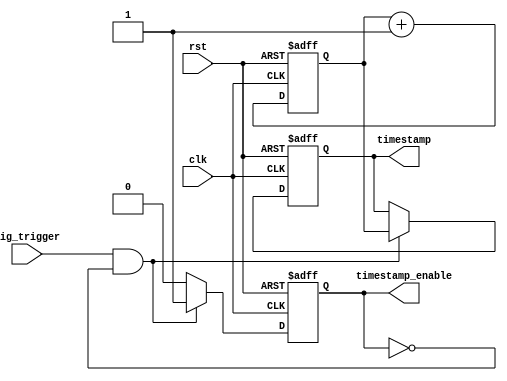
module Timing_Control_and_Synchronization (
    input clk,
    input rst,
    input sig_trigger,
    output reg timestamp_enable,
    output reg[31:0] timestamp
);

reg[31:0] timer;

always @(posedge clk or posedge rst) begin
    if (rst) begin
        timer <= 32'h0;
        timestamp <= 32'h0;
        timestamp_enable <= 1'b0;
    end else begin
        timer <= timer + 1;
        
        if (sig_trigger && !timestamp_enable) begin
            timestamp_enable <= 1'b1;
            timestamp <= timer;
        end else begin
            timestamp_enable <= 1'b0;
        end
    end
end

endmodule